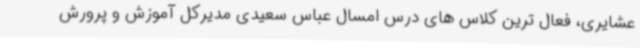
عشایری، فعال ترین کلاس های درس امسال عباس سعیدی مدیرکل آموزش و پرورش